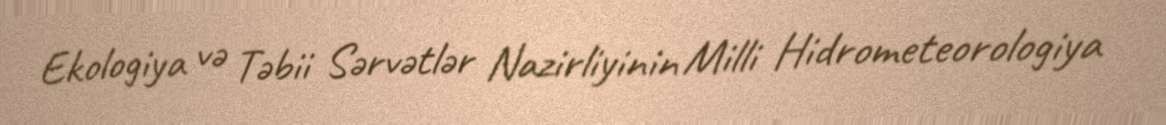
Ekologiya və Təbii Sərvətlər Nazirliyinin Milli Hidrometeorologiya